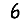
Digit: 6